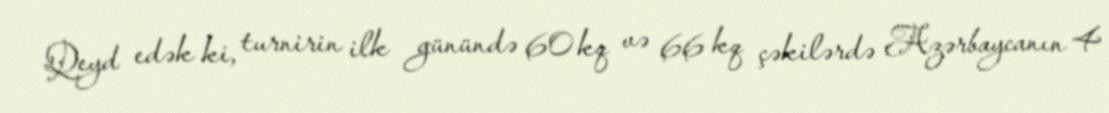
Qeyd edək ki, turnirin ilk günündə 60 kq və 66 kq çəkilərdə Azərbaycanın 4